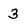
Character: 3